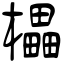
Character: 櫑